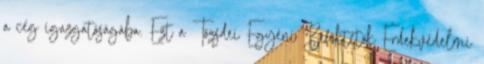
a cég igazgatóságába. Ezt a Tőzsdei Egyéni Befektetők Érdekvédelmi